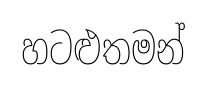
හටළුතමන්